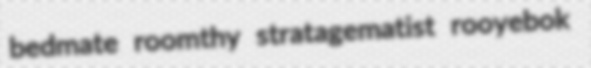
bedmate roomthy stratagematist rooyebok